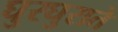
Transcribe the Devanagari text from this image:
घुरघुराते